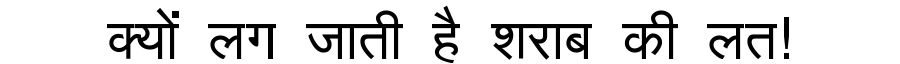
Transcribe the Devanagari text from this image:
क्यों लग जाती है शराब की लत!